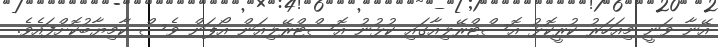
އޭނާ ވަނީ މިއަހަރު ކުރީކޮޅު އޮސްޓްރޭލިއާގައި ކުޅުނު އޮސްޓްރޭލިއަން އޯޕަން ވެސް ކާމިޔާބުކޮށްފައެވެ.